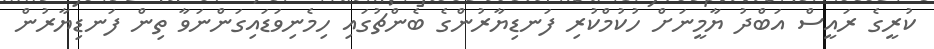
ކުރީގެ ރައީސް އަބްދު ޔާމީނަށް ހުކުމްކުރި ފަނޑިޔާރުންގެ ބެންޗުގައި ހިމެނިވަޑައިގަންނަވާ ތިން ފަނޑިޔާރުން